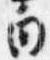
白